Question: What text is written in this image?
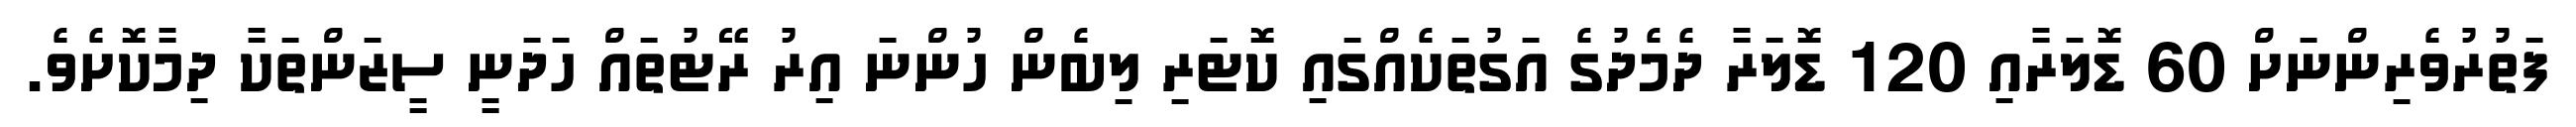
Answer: ފަތުރުވެރިންނަށް 60 ޑޮލަރާއި 120 ޑޮލަރާ ދެމެދުގެ އަގުތަކެއްގައި ކޮޓަރި ލިބެން ހުންނަ އިރު ރޭޓުތައް ހަދަނީ ސީޒަންތަކާ ދިމާކޮށެވެ.